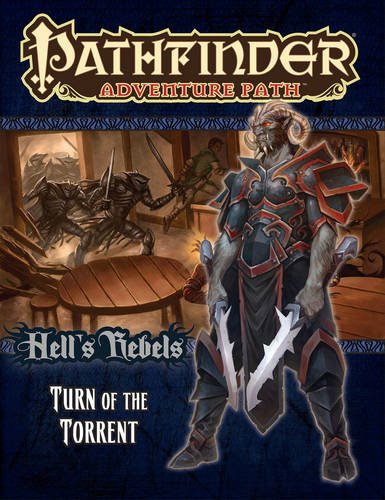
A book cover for Pathfinder Adventure Path: Hell's Rebels Part 2 - Turn of the Torrent; Mike Shel; Science Fiction & Fantasy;